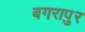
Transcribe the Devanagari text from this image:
बगरापुर